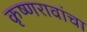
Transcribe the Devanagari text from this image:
कृष्णरावांचा